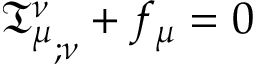
{ { \mathfrak { T } } _ { \mu } ^ { \nu } } _ { ; \nu } + f _ { \mu } = 0